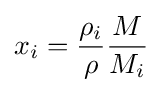
x_{i}={\frac {\rho _{i}}{\rho }}{\frac {M}{M_{i}}}